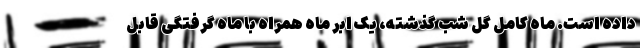
داده است. ماه کامل گل شب گذشته، یک ابر ماه همراه با ماه گرفتگی قابل